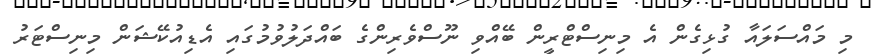
މި މައްސަލައާ ގުޅިގެން އެ މިނިސްޓްރީން ބޭއްވި ނޫސްވެރިންގެ ބައްދަލުވުމުގައި އެޑިއުކޭޝަން މިނިސްޓަރު